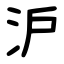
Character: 沪